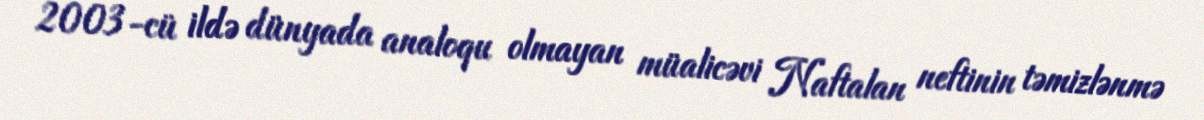
2003-cü ildə dünyada analoqu olmayan müalicəvi Naftalan neftinin təmizlənmə